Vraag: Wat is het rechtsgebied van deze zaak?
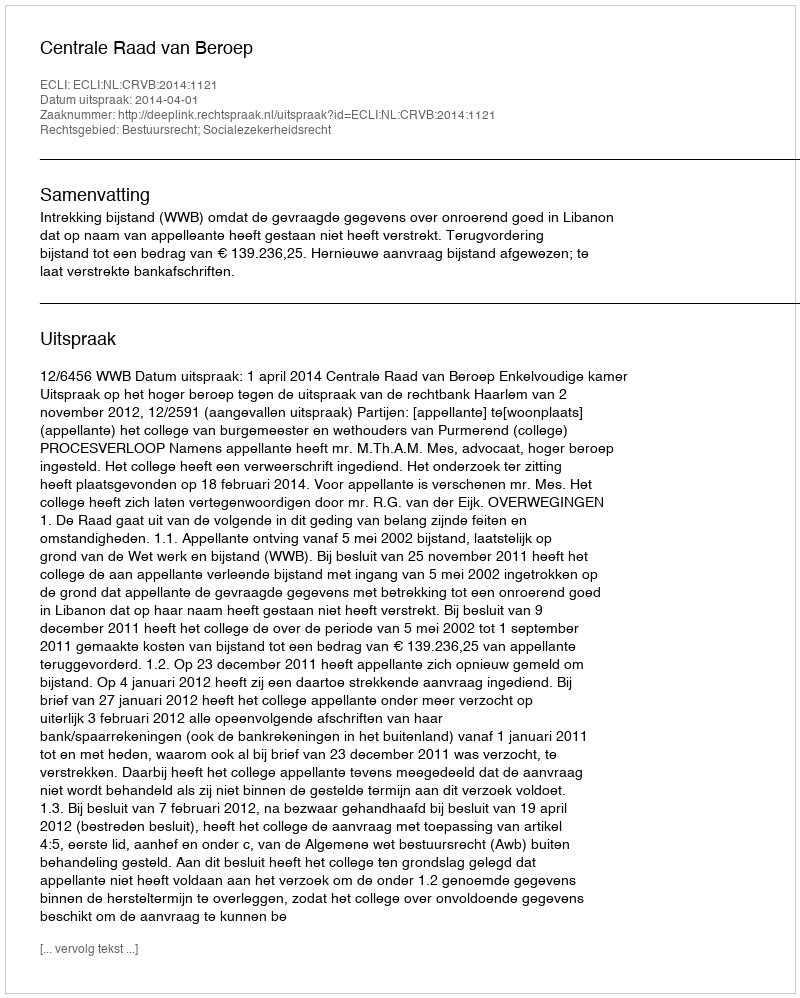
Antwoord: Bestuursrecht; Socialezekerheidsrecht